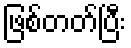
ဖြစ်တတ်ပြီး